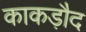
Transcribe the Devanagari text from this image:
काकड़ौद